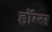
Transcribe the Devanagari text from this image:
हाॅम्स